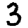
Digit: 3